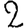
Digit: 2